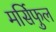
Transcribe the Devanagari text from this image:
मर्सिफुल